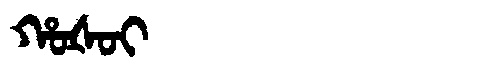
Manchu: ᡥᠣᡧᠣᡳ
Romanization: HOŠOI